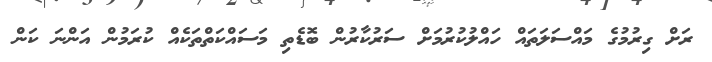
ރަށް ގިރުމުގެ މައްސަލަތައް ހައްލުކުރުމަށް ސަރުކާރުން ބޮޑެތި މަސައްކަތްތަކެއް ކުރަމުން އަންނަ ކަން